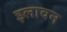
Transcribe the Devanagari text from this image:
इलावन